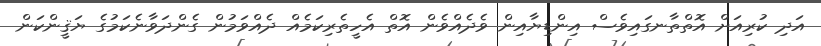
އަދި ކުރިއަށް އޮތްތާނގައިވެސް އިންޑިޔާއިން ވެދެއްވެން އޮތް އެހީތެރިކަމެއް ދެއްވަމުން ގެންދަވާނެކަމުގެ ޔަޤީންކަން